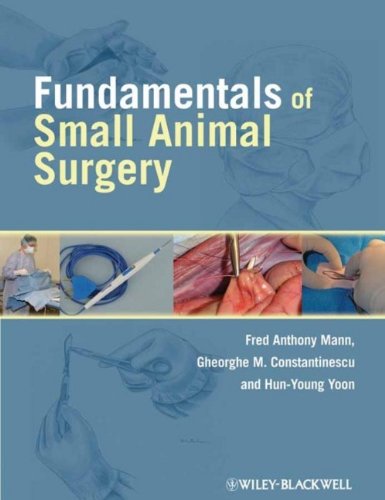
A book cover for Fundamentals of Small Animal Surgery; Medical Books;